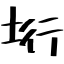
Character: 垳